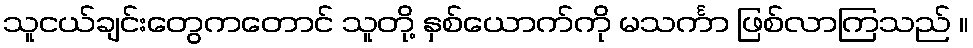
သူငယ်ချင်းတွေကတောင် သူတို့ နှစ်ယောက်ကို မသင်္ကာ ဖြစ်လာကြသည် ။